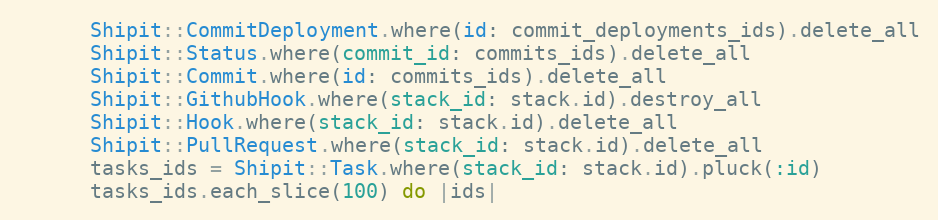
Language: Ruby
      Shipit::CommitDeployment.where(id: commit_deployments_ids).delete_all
      Shipit::Status.where(commit_id: commits_ids).delete_all
      Shipit::Commit.where(id: commits_ids).delete_all
      Shipit::GithubHook.where(stack_id: stack.id).destroy_all
      Shipit::Hook.where(stack_id: stack.id).delete_all
      Shipit::PullRequest.where(stack_id: stack.id).delete_all
      tasks_ids = Shipit::Task.where(stack_id: stack.id).pluck(:id)
      tasks_ids.each_slice(100) do |ids|